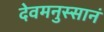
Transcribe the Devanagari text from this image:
देवमनुस्सानं